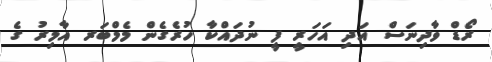
ރޯޑް ވާދިނަސް އަދި އަހަރީ ފީ ނުދައްކާ ހުރެގެން މެމްބަރ އާމިރު ގެ